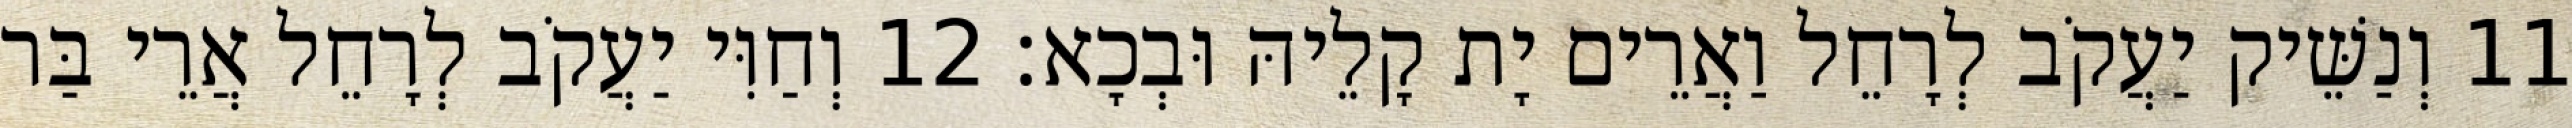
11 וְנַשֵּׁיק יַעֲקֹב לְרָחֵל וַאֲרֵים יָת קָלֵיהּ וּבְכָא׃ 12 וְחַוִּי יַעֲקֹב לְרָחֵל אֲרֵי בַּר